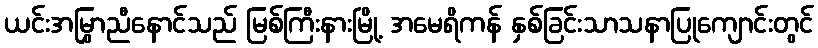
ယင်းအမြွှာညီနောင်သည် မြစ်ကြီးနားမြို့ အမေရိကန် နှစ်ခြင်းသာသနာပြုကျောင်းတွင်